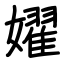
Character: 嬥